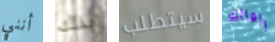
أنني بذلك سيتطلب المالك